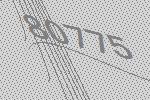
80775